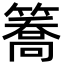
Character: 簥